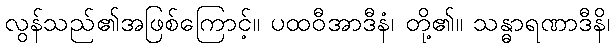
လွန်သည်၏အဖြစ်ကြောင့်။ ပထဝီအာဒီနံ၊ တို့၏။ သန္ဓာရဏာဒီနိ၊